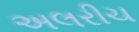
અલરીચ